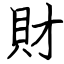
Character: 財